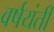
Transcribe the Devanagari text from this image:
वर्षयंती